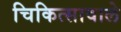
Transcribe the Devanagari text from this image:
चिकित्सावाले